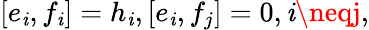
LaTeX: [e_{\mathit{i}},f_{\mathit{i}}]=h_{\mathit{i}},[e_{\mathit{i}},f_{j}]=0,\mathit{i}\neqj,